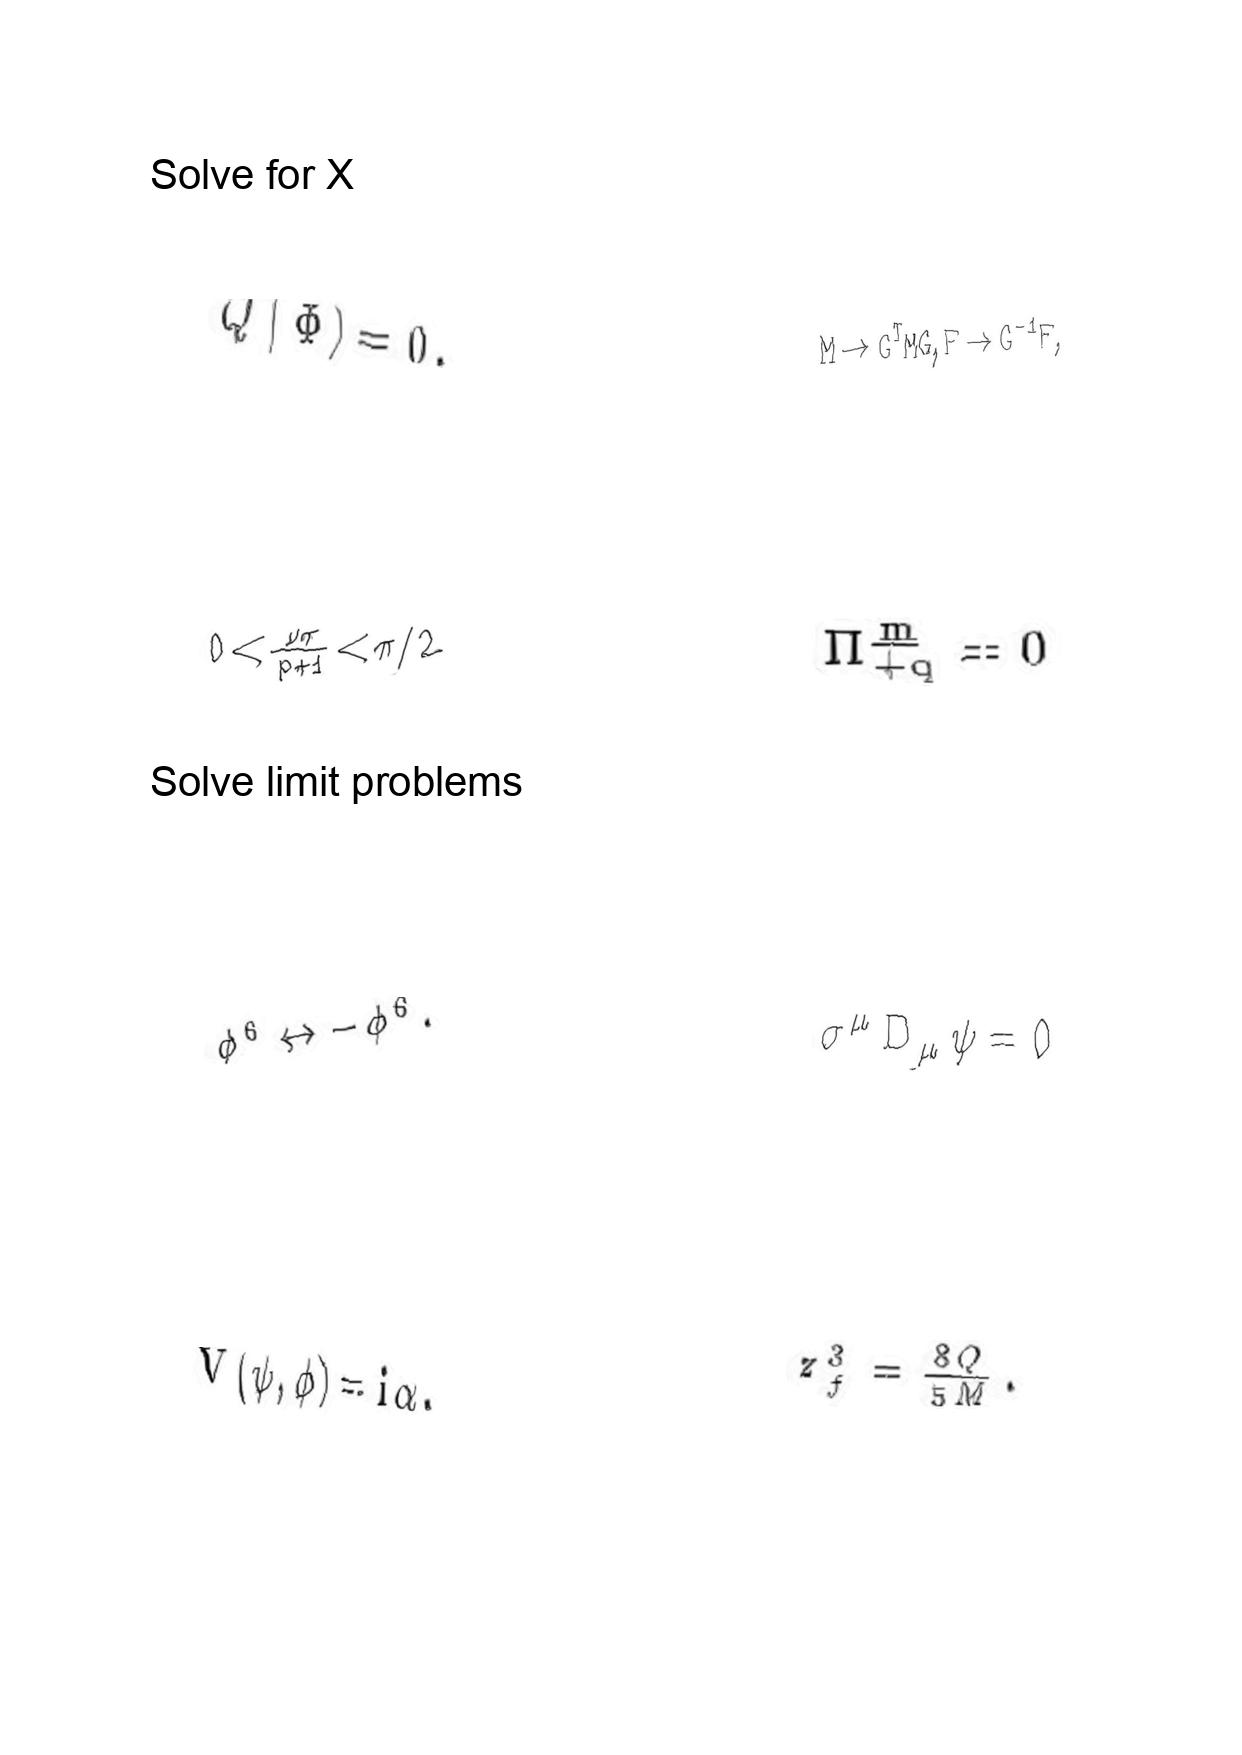
LaTeX transcription:
Q \vert \Phi \rangle = 0 ,
0 \lt \frac { \nu \pi } { p + 1 } \lt \pi / 2
\phi ^ { 6 } \leftrightarrow - \phi ^ { 6 } .
V \lparen \psi , \phi \rparen = i \alpha .
M \to G ^ { T } M G , F \to G ^ { - 1 } F ,
\Pi _ { + q } ^ { \underline { m } } = 0
\sigma ^ { \mu } D _ { \mu } \psi = 0
z _ { f } ^ { 3 } = \frac { 8 Q } { 5 M } .